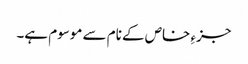
جزءِ خاص کے نام سے موسوم ہے۔